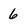
Character: 6